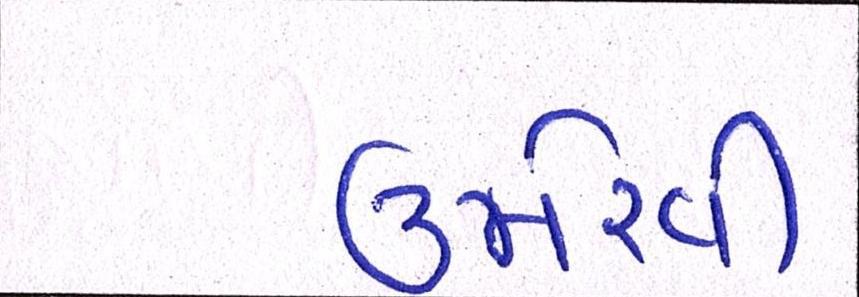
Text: ઉમેરવી